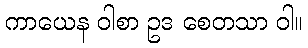
ကာယေန ဝါစာ ဥဒ စေတသာ ဝါ။